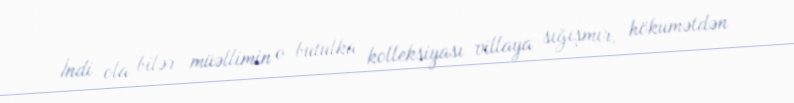
İndi ola bilər müəllimin o butulka kolleksiyası villaya sığışmır, hökumətdən